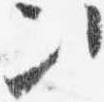
次